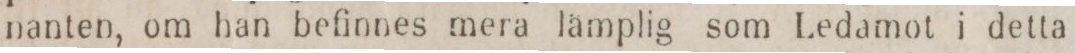
nanten, om han befinnes mera lämplig som Ledamot i detta